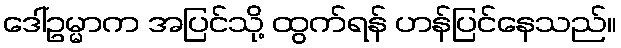
ဒေါ်ဥမ္မာက အပြင်သို့ ထွက်ရန် ဟန်ပြင်နေသည်။